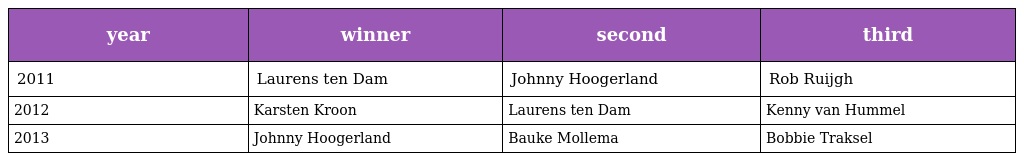
| year | winner | second | third |
 | --- | --- | --- | --- |
 | 2011 | Laurens ten Dam | Johnny Hoogerland | Rob Ruijgh |
 | 2012 | Karsten Kroon | Laurens ten Dam | Kenny van Hummel |
 | 2013 | Johnny Hoogerland | Bauke Mollema | Bobbie Traksel |